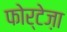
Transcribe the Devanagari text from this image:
फोर्टेज़ा